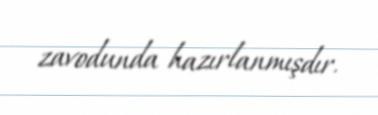
zavodunda hazırlanmışdır.